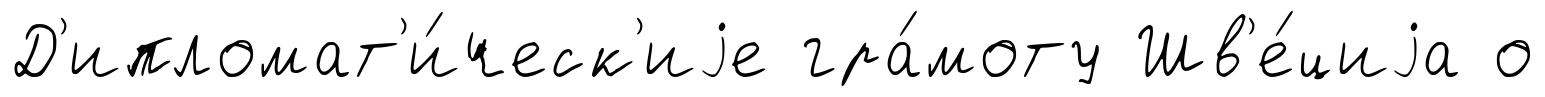
Д'ипломат'и́ческ'иjе гра́моту Шв'е́циjа о